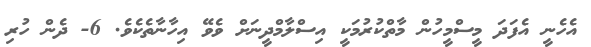
އެހެނީ އެފަދަ މީސްމީހުން މާތްކުރުމަކީ އިސްލާމްދީނަށް ވެވޭ އިހާނާތެކެވެ. 6- ދެން ހުރި